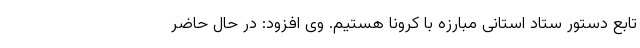
تابع دستور ستاد استانی مبارزه با کرونا هستیم. وی افزود: در حال حاضر